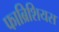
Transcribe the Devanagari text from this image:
फाब्रिशियस